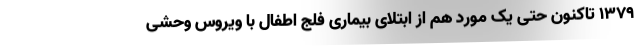
۱۳۷۹ تاکنون حتی یک مورد هم از ابتلای بیماری فلج اطفال با ویروس وحشی